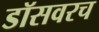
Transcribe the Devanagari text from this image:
डॉसवरच